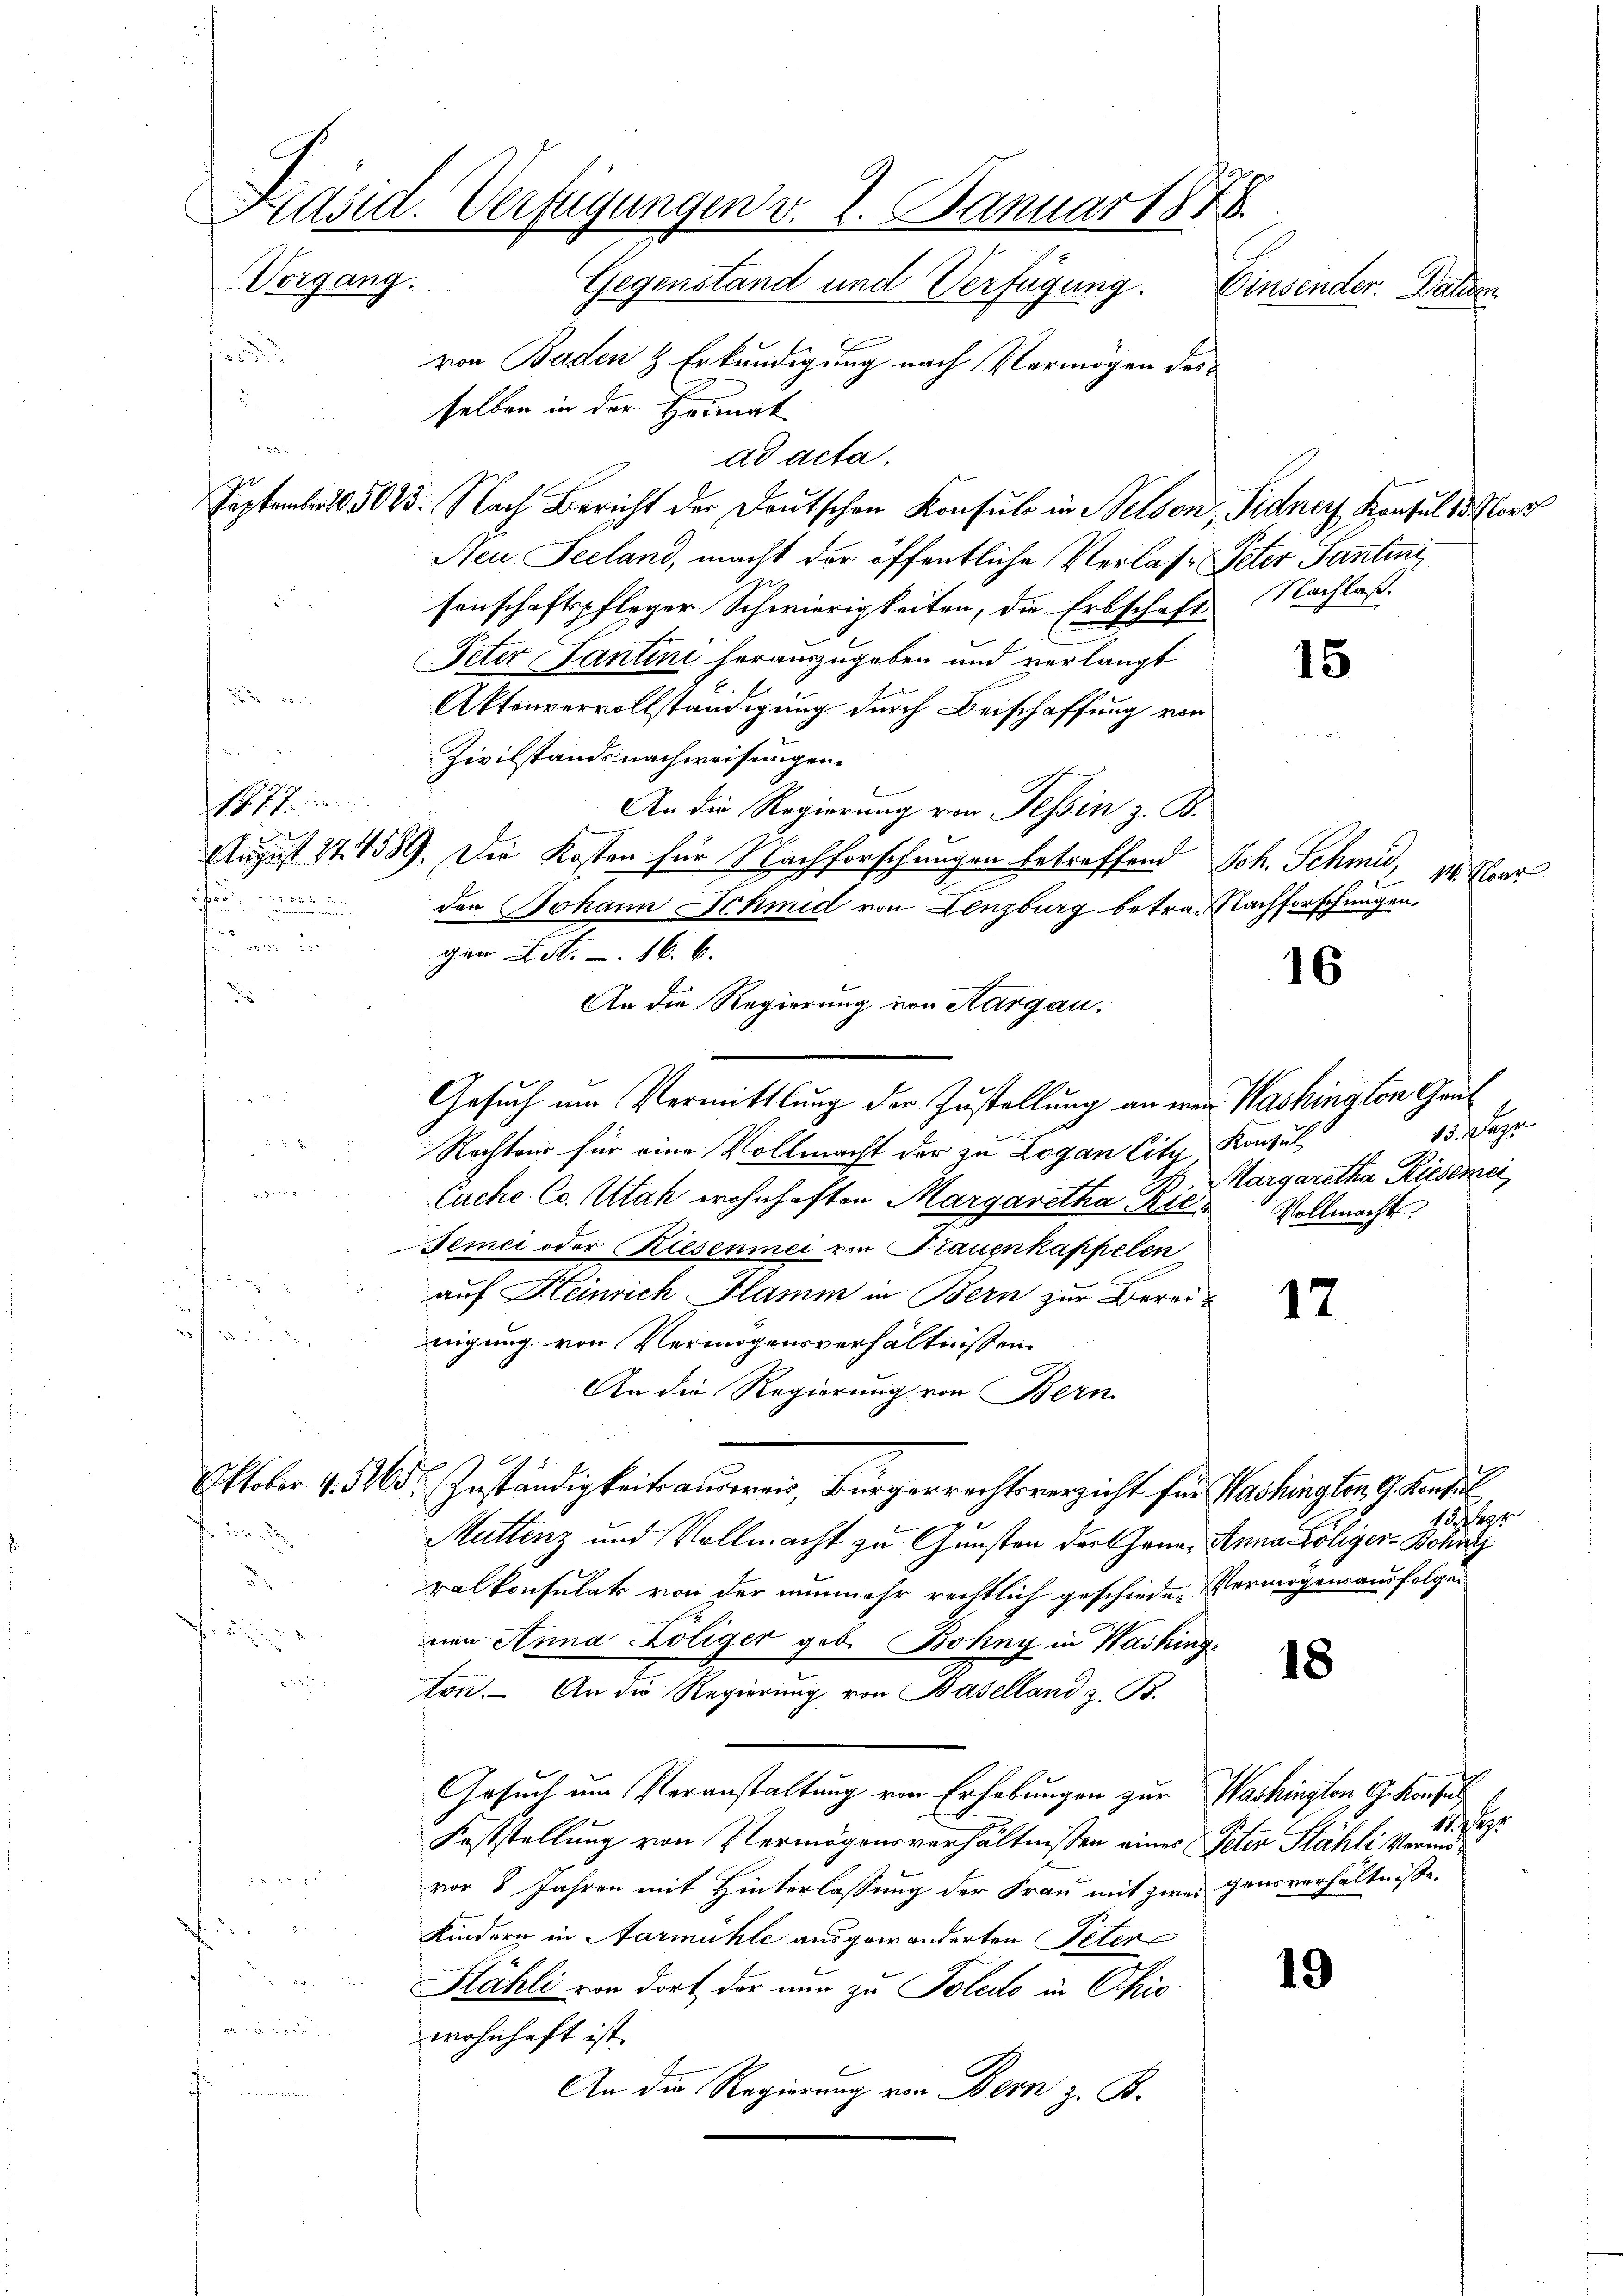
Kräsid. Verfügungen v. 2. Januar 1878.
Vorgang. Gegenstand und Verfügung.
Einsender. Datum

von Baden & Erkundigung nach Vermögen des
.
selben in der Heimat
d Hotel
ad acta.
Septemb. 105023. Nach Bericht der Deutschen Konsuls in Belson, Sidner Konsul 15 flor
Neu Seeland, macht der öffentliche Verlasse Peter Santini,
senschaftspfleger Schwierigkeiten, die Erbschaft Nachlaß
Peter Tantini herauszugeben und verlangt

Affenvervollständigung durch Beischaffung von
Zivilstands nachweisungen.

An die Regierung von Tessin z. B.
August 17. 1589. Die Kosten für Nachforschungen betreffend Joh. Schmid,
den Johann Schmid von Lenzburg betrag Nachforschungen.
uan in
gen L. St. . 16. 6.
d
An die Regierung von Aargau.
Gesuch um Vermittlung der Zustellung an wer Washington Gru
 2 x 2
Rechten für eine Vollmacht der zu Logan Citz, Konsul
H S. 9
Cache Co. Utah wohnhaften Margaretha die Vollmacht
Semei oder Riesenmei von Frauenkappelen
auf Heinrich Flamm in Bern zur Bereit
nigung von Vermögensverhältnissen.
An die Regierung von Bern
9
Oktober 4. 565. Zuständigkeits angereis, Bürgerrechtsverzicht für Washingten G. Konsul
fr 20 d
Muttenz und Vollmacht zu Gunsten der Chene Anna Löliger-Bohn
.
ralkonsulats von der nunmehr rechtlich geschieden Vermögensausfolgen
fe un
nen Anna Loliger geb. Bohny in Washing¬
18
ton. An die Regierung von Baselland z. B.
Gesuch um Veranstaltung von Erhebungen zur Washington G. Konfus
Feststellung von Vermögensverhältnissen eines Peter Stähli Vermöd
vor 8 Jahren mit Hinterlassung der Frau mit zwei gensverhältnisse.
2
Kindern in Aarmühle ausgewanderten Peter

19
Sahli von dort der nun zu Poledo in Ohio

wohnhaft ist.
An die Regierung von Bern z. B.
den

5

15

14. Forr

16

15. Apr
. Margaretha Rieserci

h

1